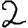
Digit: 2